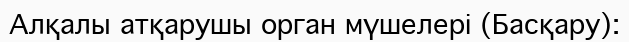
Алқалы атқарушы орган мүшелері (Басқару):